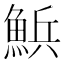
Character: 𮫽